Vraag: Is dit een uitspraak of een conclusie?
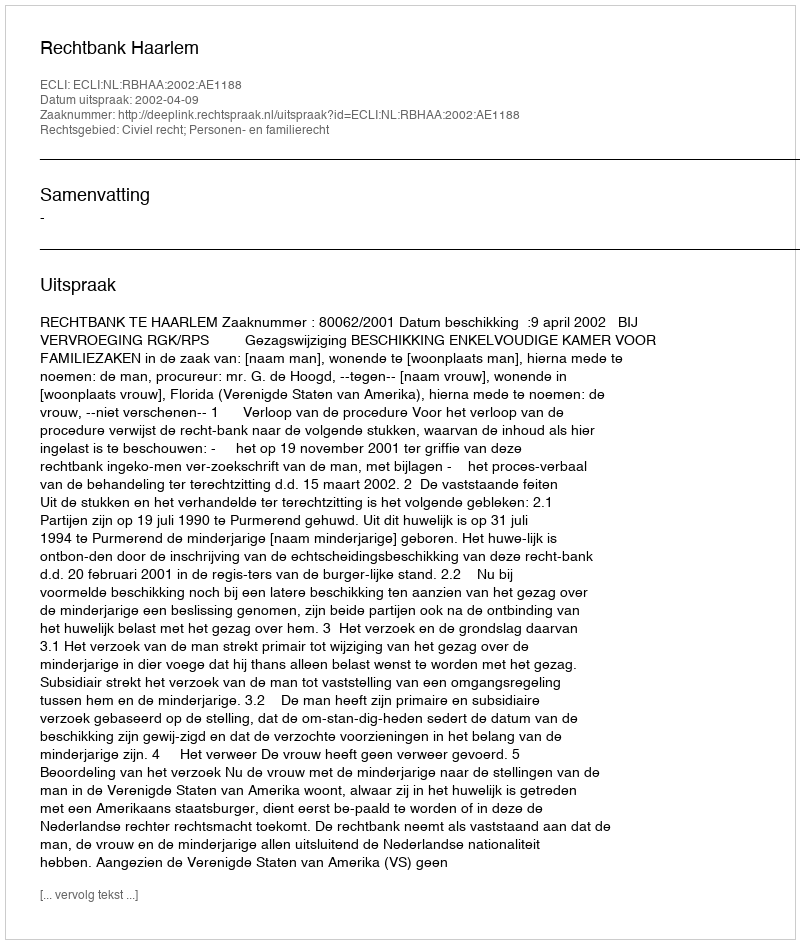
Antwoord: Uitspraak